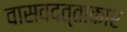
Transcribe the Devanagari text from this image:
वासवदत्ताकार